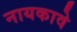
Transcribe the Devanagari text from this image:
नायकावे